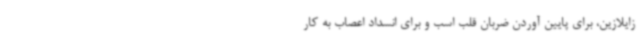
زایلازین، برای پایین آوردن ضربان قلب اسب و برای انسداد اعصاب به کار